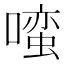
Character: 𱔭